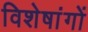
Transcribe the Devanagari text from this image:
विशेषांगों